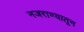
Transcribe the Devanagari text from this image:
नजराण्यातून